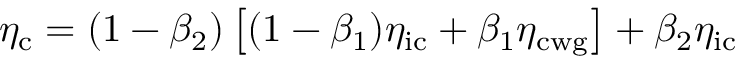
\eta _ { \mathrm { c } } = \left( 1 - \beta _ { 2 } \right) \left[ ( 1 - \beta _ { 1 } ) \eta _ { \mathrm { i c } } + \beta _ { 1 } \eta _ { \mathrm { c w g } } \right] + \beta _ { 2 } \eta _ { \mathrm { i c } }